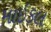
માઇકલ